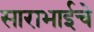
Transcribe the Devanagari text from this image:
साराभाईचे